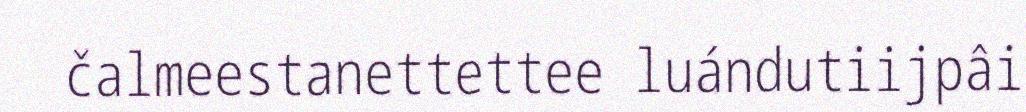
čalmeestanettettee luándutiijpâi